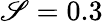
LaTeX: \mathscr{S}=0.3